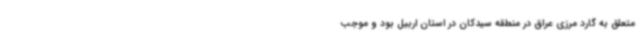
متعلق به گارد مرزی عراق در منطقه سیدکان در استان اربیل بود و موجب